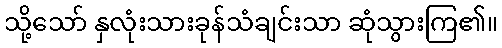
သို့သော် နှလုံးသားခုန်သံချင်းသာ ဆုံသွားကြ၏။